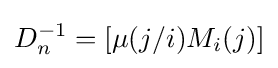
D_{n}^{-1}=\left[\mu (j/i)M_{i}(j)\right]